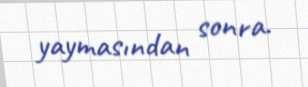
yaymasından sonra.